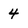
Character: 4